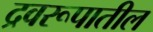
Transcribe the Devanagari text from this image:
द्रवरूपातील